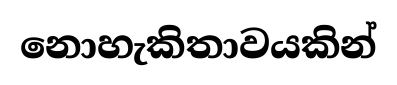
නොහැකිතාවයකින්